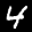
Label: 4